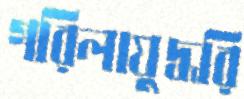
গরিলাযুদ্ধরি